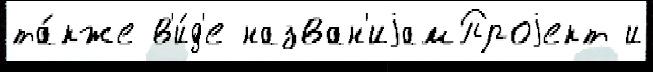
та́кже в'и́д'е назван'иjамПроjект и